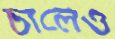
চালেও